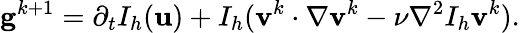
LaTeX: \mathbf{g}^{k+1}=\partial_{t}I_{h}(\mathbf{u})+I_{h}(\mathbf{v}^{k}\cdot\nabla\mathbf{v}^{k}-\nu\nabla^{2}I_{h}\mathbf{v}^{k}).